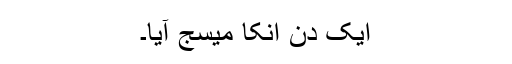
ایک دن انکا میسج آیا۔